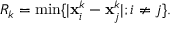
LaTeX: R _ { k } = \operatorname * { m i n } \{ | { \bf x } _ { i } ^ { k } - { \bf x } _ { j } ^ { k } | ; i \neq j \} .